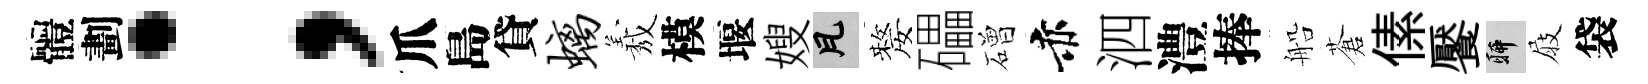
體劃；爪島貸螭𦏁模堰嫂瓦嫠礧磳赤泗澧捧船蒼傃饜聊屐袋